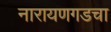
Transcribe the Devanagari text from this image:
नारायणगडचा